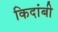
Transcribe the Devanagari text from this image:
किदांबी